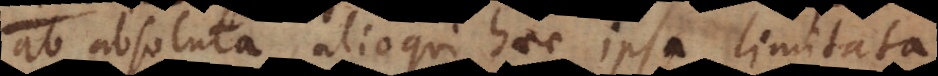
ab absoluta, alioqui haec ipsa limitata